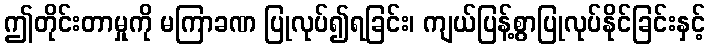
ဤတိုင်းတာမှုကို မကြာခဏ ပြုလုပ်၍ရခြင်း၊ ကျယ်ပြန့်စွာပြုလုပ်နိုင်ခြင်းနှင့်